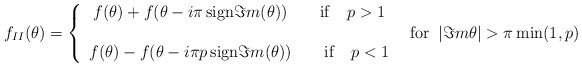
\begin{align*}f_{II}(\theta )=\left\{ \begin{array}{c}f(\theta )+f(\theta -i\pi \, \mathrm{sign}\Im m(\theta ))\qquad \mathrm{if}\quad p>1\\\\f(\theta )-f(\theta -i\pi p\, \mathrm{sign}\Im m(\theta ))\qquad \mathrm{if}\quad p<1\end{array}\right. \: \textrm{ for }\: |\Im m\theta |>\pi \min (1,p)\end{align*}